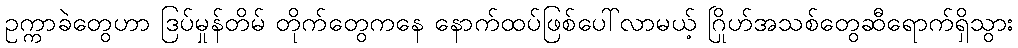
ဥက္ကာခဲတွေဟာ ဒြပ်မှုန်တိမ် တိုက်တွေကနေ နောက်ထပ်ဖြစ်ပေါ်လာမယ့် ဂြိုဟ်အသစ်တွေဆီရောက်ရှိသွား